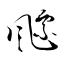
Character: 飃